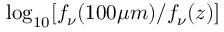
\log _ { 1 0 } [ f _ { \nu } ( 1 0 0 \mu m ) / f _ { \nu } ( z ) ]